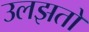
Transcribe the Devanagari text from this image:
उलझतों